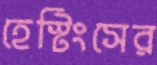
হেস্টিংসের